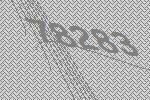
78283